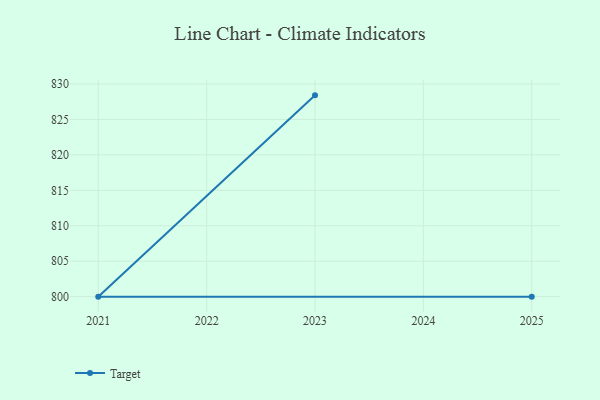
{"axis": {"x": "Year", "y": "Customer Acquisition Cost (USD)"}, "legend": ["Target"], "data": [{"x": "2023", "y": 828.4, "type": "Target"}, {"x": "2021", "y": 800, "type": "Target"}, {"x": "2025", "y": 800, "type": "Target"}]}